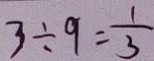
3 \div 9 = \frac { 1 } { 3 }